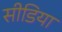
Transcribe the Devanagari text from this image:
सीडिया